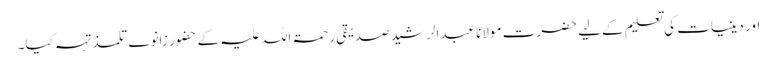
اور دینیات کی تعلیم کےلیے حضرت مولانا عبدالرشید صدیقی رحمۃ اللہ علیہ کے حضور زانوے تلمذ تہہ کیا۔